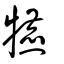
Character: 犥